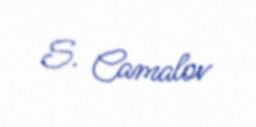
S. Camalov